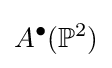
A^{\bullet }(\mathbb {P} ^{2})